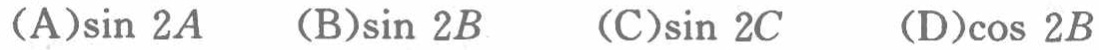
(A)$\sin 2A$  (B)$\sin 2B$  (C)$\sin 2C$  (D)$\cos 2B$